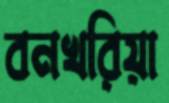
বনখরিয়া